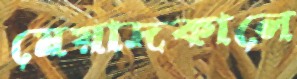
মেয়াদকালে